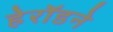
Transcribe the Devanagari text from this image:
हेरॉडने